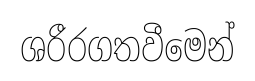
ශරීරගතවීමෙන්